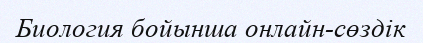
Биология бойынша онлайн-сөздік